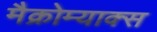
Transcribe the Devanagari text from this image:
मैक्रोम्याक्स